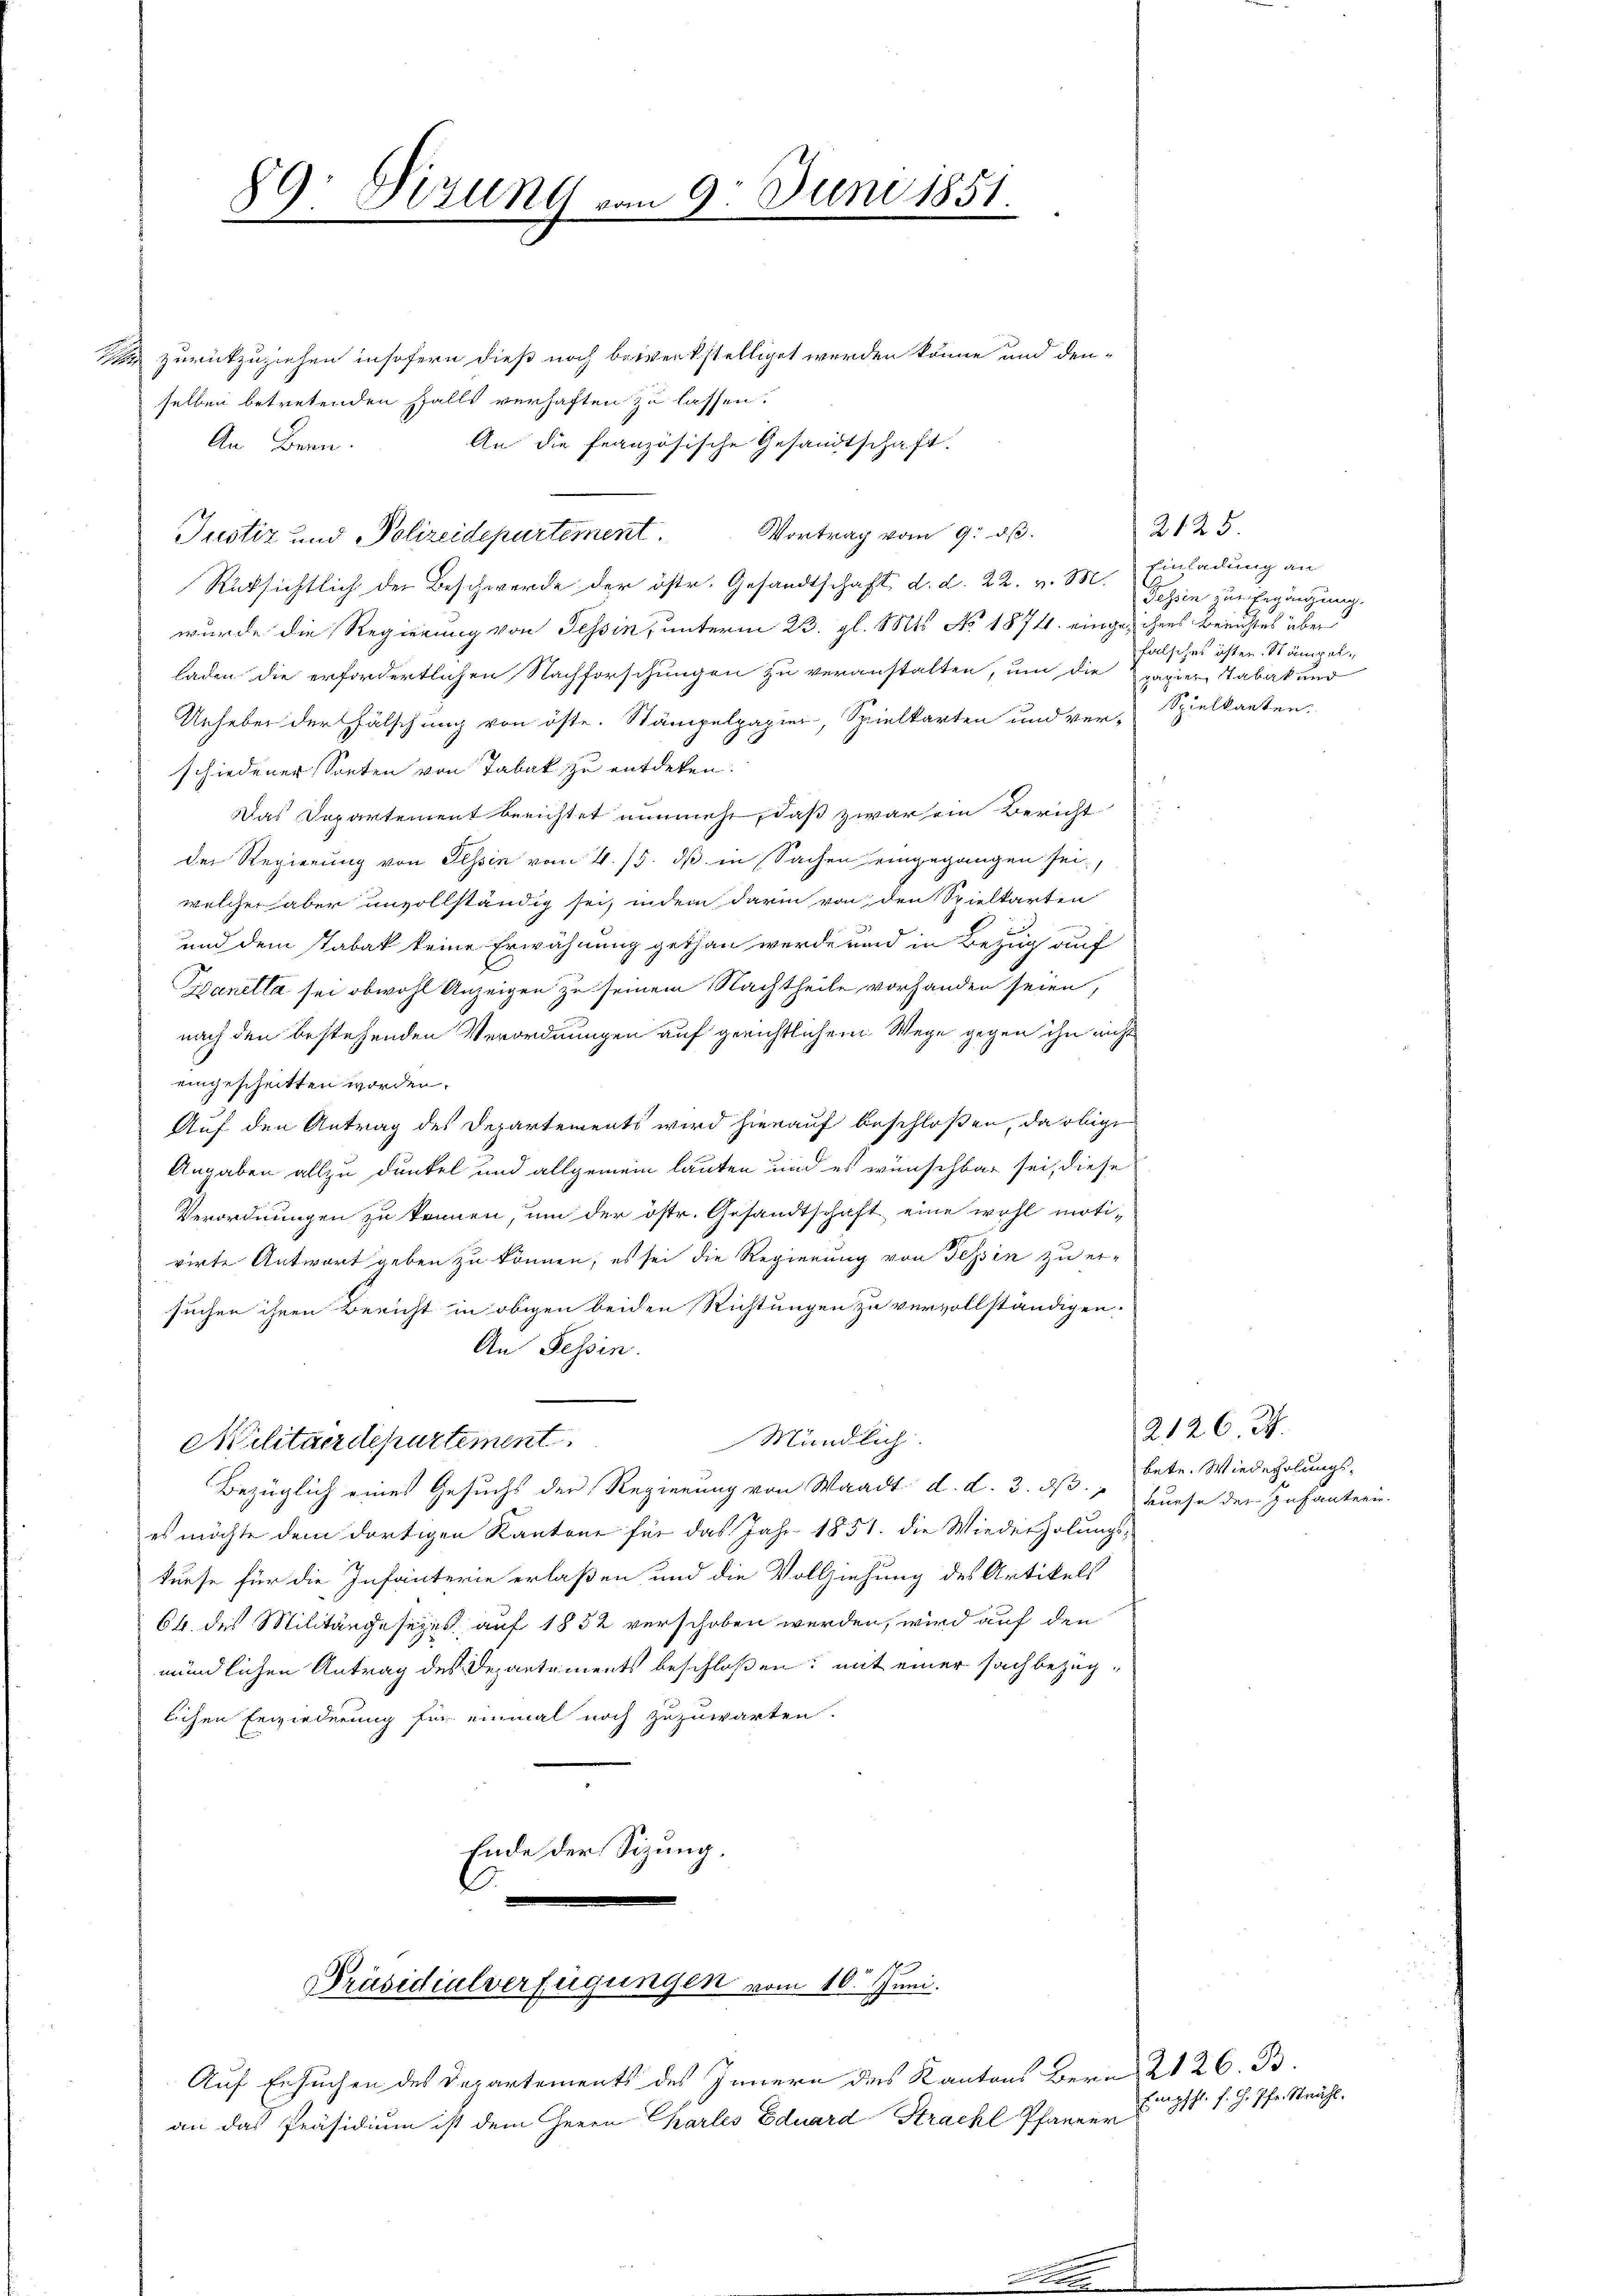
2

h
Vizung vom 9. Juni 1851.
I

z zurückzuziehen insofern dieß noch bewerkstelliget werden könne und den-
selben betretenden Falls verhaften zu lassen:
An Bern.
An die französische Gesandtschaft.
Justiz und Polizeidepartement. Vortrag vom 9. ds.
Rücksichtlich der Beschwerde der östr. Gesandtschaft d. d. 22. v. M. Einladung an
wurde die Regierung von Tessin, unterm 23. gl. Mts. No 1874. einge, ihres Berichtes über
laden die erfordertlichen Nachforschungen zu veranstalten, um die
Unheber der Fälschung von öste. Stämpelpapier, Spielkarten und ver-
schiedener Sonten von Tabak zu entdeken.
Das Departement berichtet nunmehr, daß zwar ein Bericht
der Regierung von Tessin vom 4. 15. dß in Sachen eingegangen sei.
welcher aber unvollständig sei, indem darin von den Spielkarten
und dem Stabak keine Erwähnung gethan werde und in Bezug auf
Pyanella sei obwohl Anzeigen zu seinem Nachtheile vorhanden seien,
nach den bestehenden Verordnungen auf gerichtlichem Wege gegen ihn nicht
eingescheitten worden.
Auf den Antrag des Departements wird hierauf beschloßen, da obige
Angaben allzu dunkel und allgemein lauten und es wünschbar sei, diese
Verordnungen zu können, um der östr. Gesandtschaft eine wohl moti-
virte Antwort geben zu können, es sei die Regierung von Tessin zu er-
suchen ihren Bericht in obigen beiden Richtungen zu vervollständigen.
An Tessin.
Mündlich.
Militärdepartement
Bezüglich eines Gesuchs der Regierung von Waadt d. d. 3. d. 1 kurse der Infanteri
es möchte dem dortigen Kantone für das Jahr 1851. die Wiederholungskurse für die Infanterie erlaßen, und die Vollziehung des Artikels
64. des Militärgesezes auf 1852 verschoben werden, wird auf den
mündlichen Antrag des Departements beschloßen: mit einer sachbezüglichen Erwiederung für einmal noch zuzuwarten.
Ende der Sizung.
 19
Präsidialverfügungen vom 16. Juni.
Auf Ersuchen des Departements des Innern des Kantons Bern 21 26. B.
an das Präsidium ist dem Herrn Charles Eduard Strachl Pfarrer Engs. f. H. Pfr. Strahl

2125.
Tessin zur Ergänzung.
falsches isten. Stämpelpapier Tabak und
Spielkarten.

2126. J
betr. Wiederholungs-